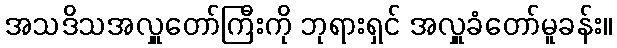
အသဒိသအလှူတော်ကြီးကို ဘုရားရှင် အလှူခံတော်မူခန်း။